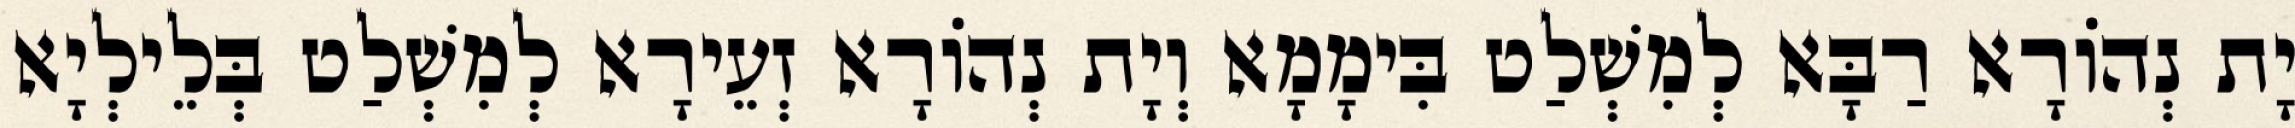
יָת נְהוֹרָא רַבָּא לְמִשְׁלַט בִּימָמָא וְיָת נְהוֹרָא זְעֵירָא לְמִשְׁלַט בְּלֵילְיָא